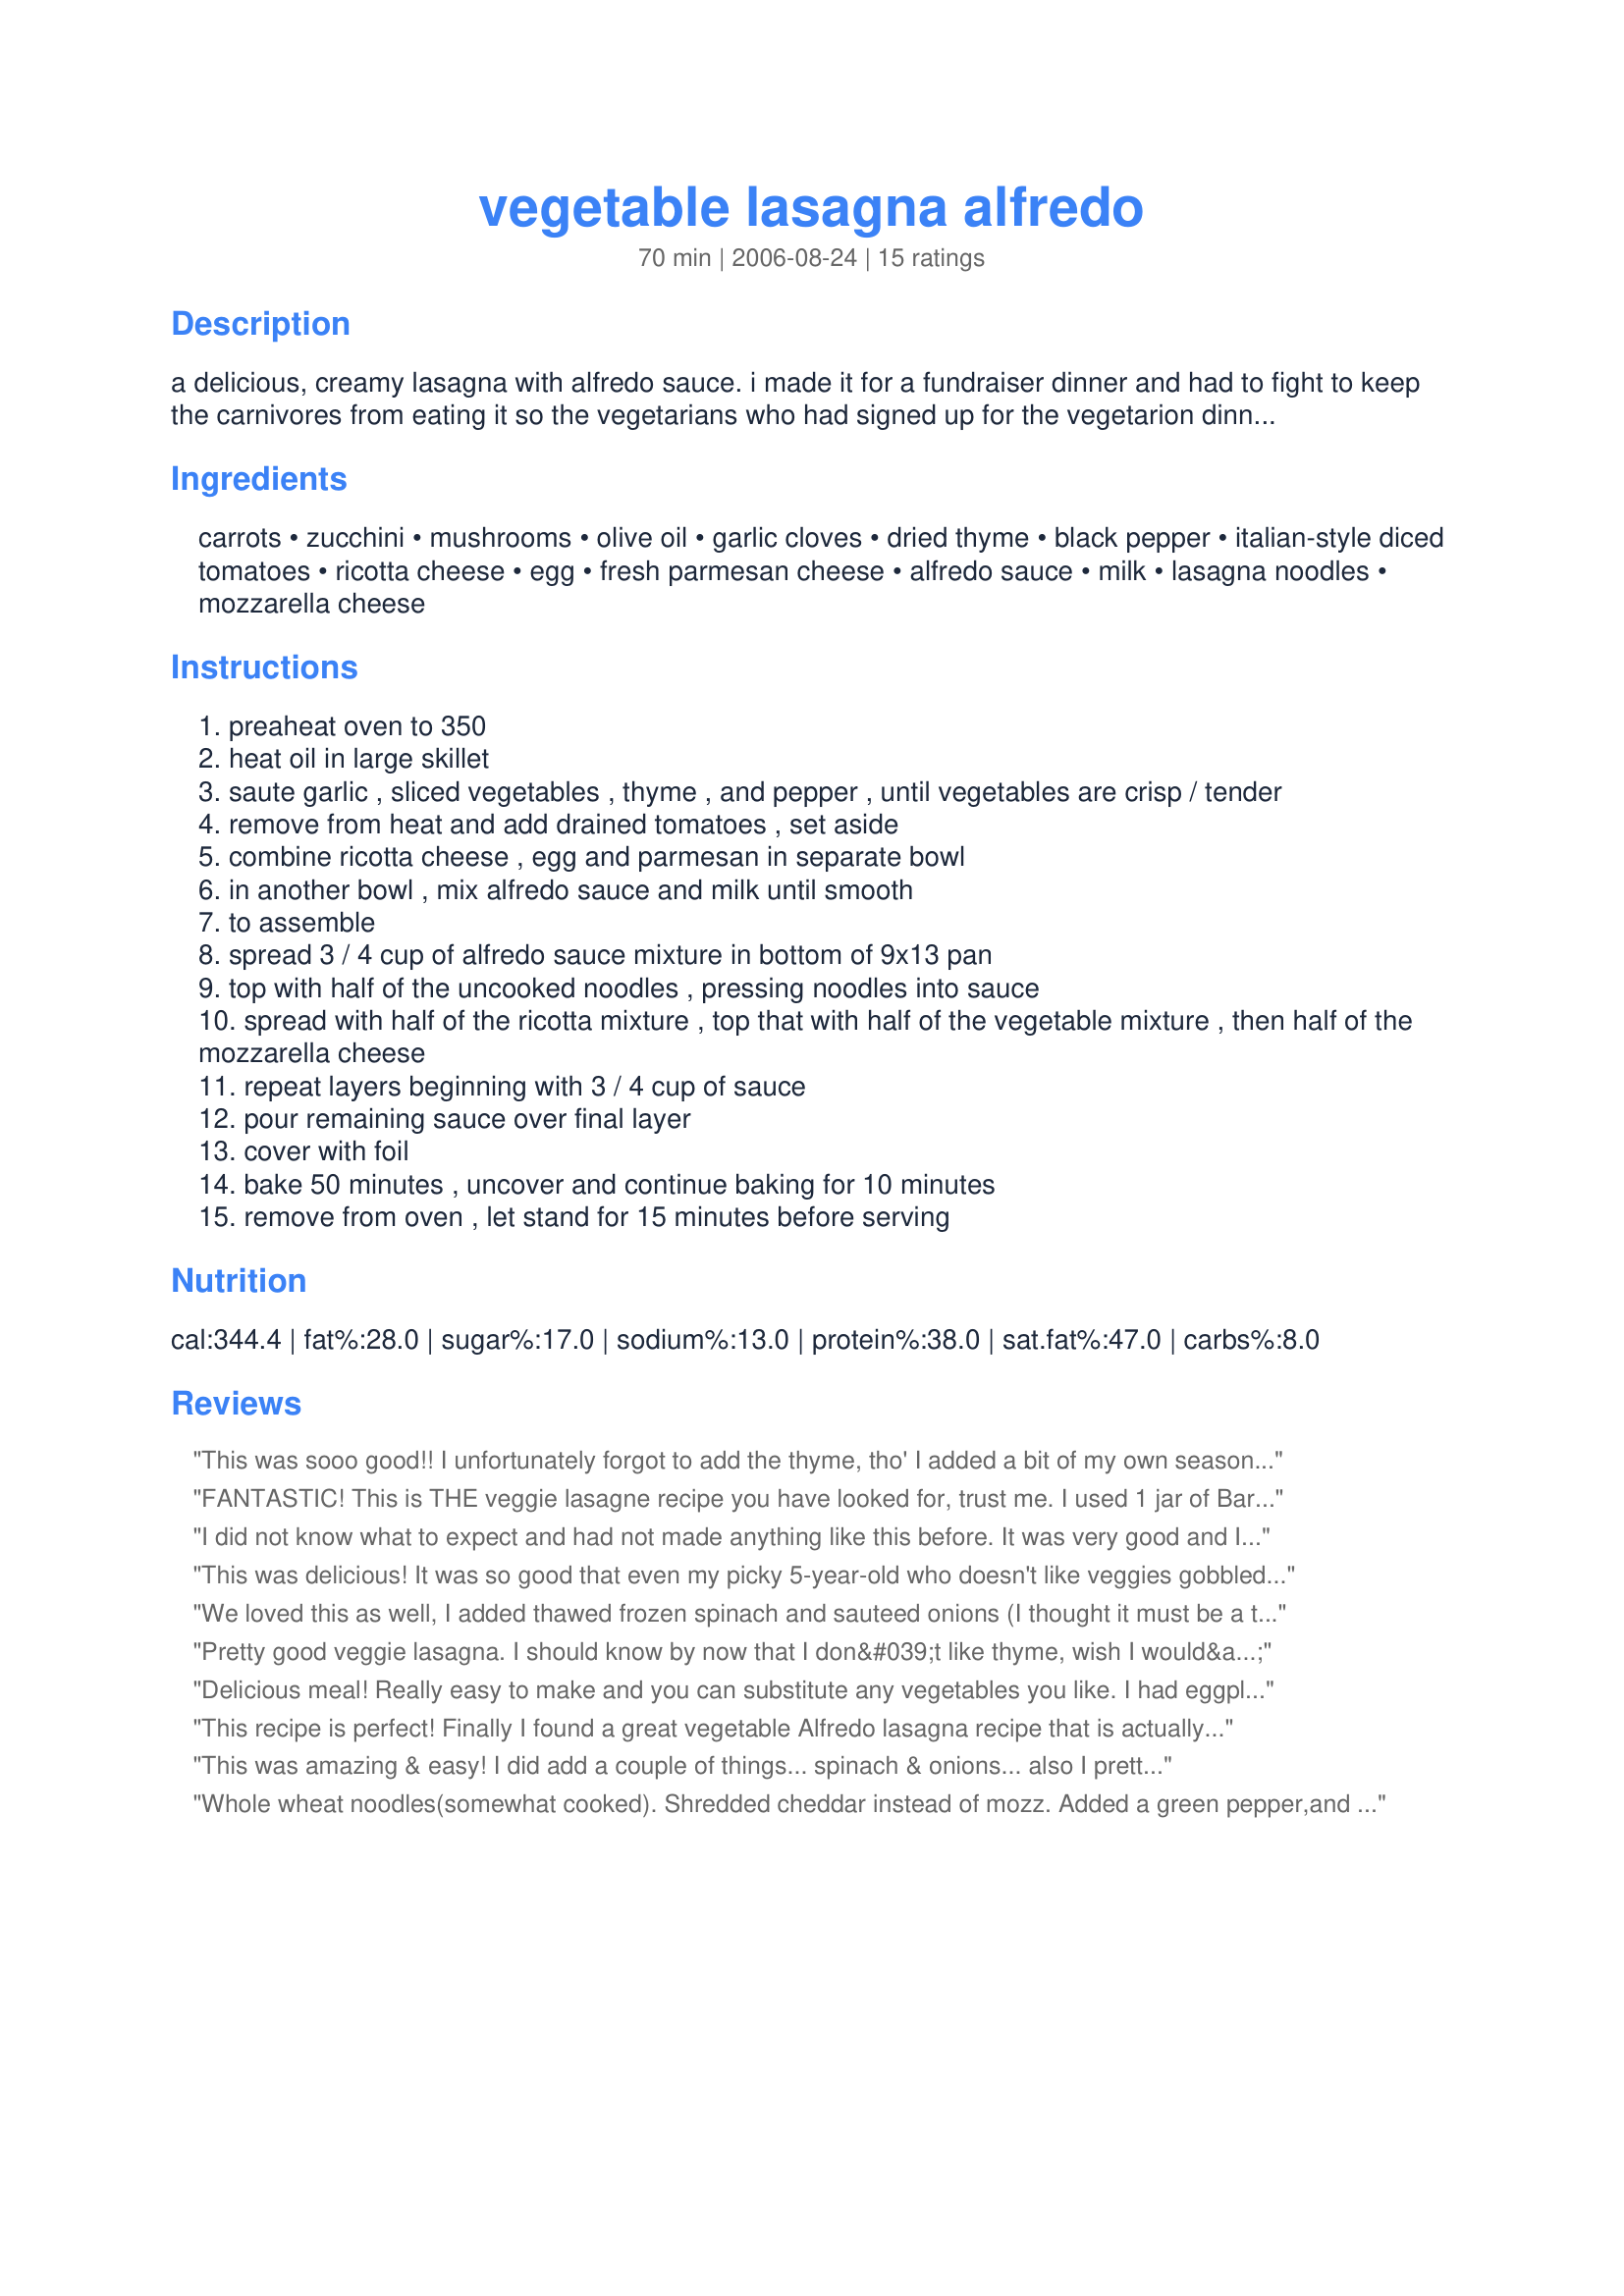
vegetable lasagna alfredo
Preparation time: 70 minutes

a delicious, creamy lasagna with alfredo sauce. i made it for a fundraiser dinner and had to fight to keep the carnivores from eating it so the vegetarians who had signed up for the vegetarion dinner could have it! it's delicious!

Ingredients:
carrots, zucchini, mushrooms, olive oil, garlic cloves, dried thyme, black pepper, italian-style diced tomatoes, ricotta cheese, egg, fresh parmesan cheese, alfredo sauce, milk, lasagna noodles, mozzarella cheese

Steps:
preaheat oven to 350
heat oil in large skillet
saute garlic , sliced vegetables , thyme , and pepper , until vegetables are crisp / tender
remove from heat and add drained tomatoes , set aside
combine ricotta cheese , egg and parmesan in separate bowl
in another bowl , mix alfredo sauce and milk until smooth
to assemble
spread 3 / 4 cup of alfredo sauce mixture in bottom of 9x13 pan
top with half of the uncooked noodles , pressing noodles into sauce
spread with half of the ricotta mixture , top that with half of the vegetable mixture , then half of the mozzarella cheese
repeat layers beginning with 3 / 4 cup of sauce
pour remaining sauce over final layer
cover with foil
bake 50 minutes , uncover and continue baking for 10 minutes
remove from oven , let stand for 15 minutes before serving

Reviews:
This was sooo good!! I unfortunately forgot to add the thyme, tho' I added a bit of my own seasoning onion powder, garlic salt and S&P, so it still tasted great! Better with the thyme I think...next time. I shredded the carrot and Zucchini. Diced the mushroom and our alfredo was roasted red pepper from Costco. It was interesting, b/c it tasted refreshing almost. even with all the cheese! Look forward to tomorrow's leftovers. Thansk for sharing!
FANTASTIC! This is THE veggie lasagne recipe you have looked for, trust me. I used 1 jar of Barilla Alfredo sauce and 1 box of oven ready noodles (12) in a 9 x 13 pan. I sauteed 1 bag of fresh baby spinach with 1/2 red onion chopped and 2 tsp. chopped garlic in a bit of EVOO. I also added 1 whole red pepper chopped. The rest of the recipe done as stated. I took it to a function tonight and everyone raved about it. Making this again soon for dinner guests...A keeper for sure.
I did not know what to expect and had not made anything like this before. It was very good and I will absolutely make it again. It does make 2 nice 8 x 8 pans. I put one in the freezer for Lent. The carbs are really reasonable on this, but because of the 8 x 8 pans, only 8 noodles were needed.
Very good recipe...thanks!
This was delicious! It was so good that even my picky 5-year-old who doesn't like veggies gobbled it up! Thanks for sharing.
We loved this as well, I added thawed frozen spinach and sauteed onions (I thought it must be a typo to not have them in there!)I also used ww noodles and much less mozz. Not because I don't love it, but to cut down the cals. a bit. A very satisfying recipe. Creamy and comforting, will make again.
Pretty good veggie lasagna. I should know by now that I don&#039;t like thyme, wish I would&#039;ve left it out. I did add some italian seasoning. Used a fresh tomato instead of canned and did add some frozen spinach. Used a full jar of alfredo sauce for a half recipe. Points for my toddler son eating some though!
Delicious meal! Really easy to make and you can substitute any vegetables you like. I had eggplant on hand and used it instead of zucchini, and added some fresh sauteed spinach. Will definitely make again!
This recipe is perfect! Finally I found a great vegetable Alfredo lasagna recipe that is actually delicious. My family loved it! I followed everything on the recipe but also added fresh chopped baby spinach and cubed cooked chicken breast. Great recipe you will not regret making this lasagna do not hesitate on trying this one out!
This was amazing & easy! I did add a couple of things... spinach & onions... also I pretty much chopped all the veggies up & doubled the garlic (my family lives garlic & my husband is Italian). I mixed all the veggies in a big bowl & that was my veggie layers. I was going to make the alfredo sauce but in the store I saw a roasted red pepper alfredo sauce and that was fantastic! The first nite I fixed it my mom brought over a friend. I found out he was a vegetarian & he wanted the recipe... said it was the best he had ever had!
Thanks so much for posting this... it has become one of our favorites!
Whole wheat noodles(somewhat cooked). Shredded cheddar instead of mozz.
Added a green pepper,and
two sweet potatoes. 
Thanks so much for a 
great recipe!
Awesome! This is the exact recipe that came with my Pampered Chef Rectangle Baker, but they call it Lasagna Primavera.
I followed the ingredients exactly (except I used eggplant thinly sliced as the noodles).
Instead of thinly sliced veggies I used the Pampered Chef chopper to make all the veggies really small (for the picky eaters) and followed everything else as written. My niece who is 9 and who WILL NOT eat vegetables did not know they were even in there, she loved it!
Go ahead try this recipe, you will not be disappointed.
I added 1 (10 0z) pkg of frozen chopped spinach, fresh diced italian tomatoes and used the ready to bake lasagna noodles mmmm so good!!1
Yum, Yum, Yum! This is so tasty, I couldn't stop eating it. I made it just like the recipe this time. Next time I would add about 2 more cups of veggies, as I thought it would be prettier if it was a little "taller". I think you could add just about anything - broccoli, cauliflower, red peppers. I loved how you didn't have to cook the noodles too. Thanks for a great recipe!
I changed the recipe up a bit; I used fat-free mozzarella, milk, and ricotta. I omitted the mushrooms due to allergies and instead added fresh spinach, green onion, and basil to the veggie sautee. Lastly, I substituted sliced eggplant for the pasta. It turned out tasting surprisingly decadent and my angels chose to inhale it rather than chew. Excellent recipe!
This was awesome. I used carrot shreds, chopped and added yellow squash and spinach. I used garlic powder and oven ready lasagna noodles. I also doubled the sauce. Man was it good. Even my son who doesn't eat veggies liked it. I will definitely make this again, and share the recipe. Thanks for posting it. God bless!!
